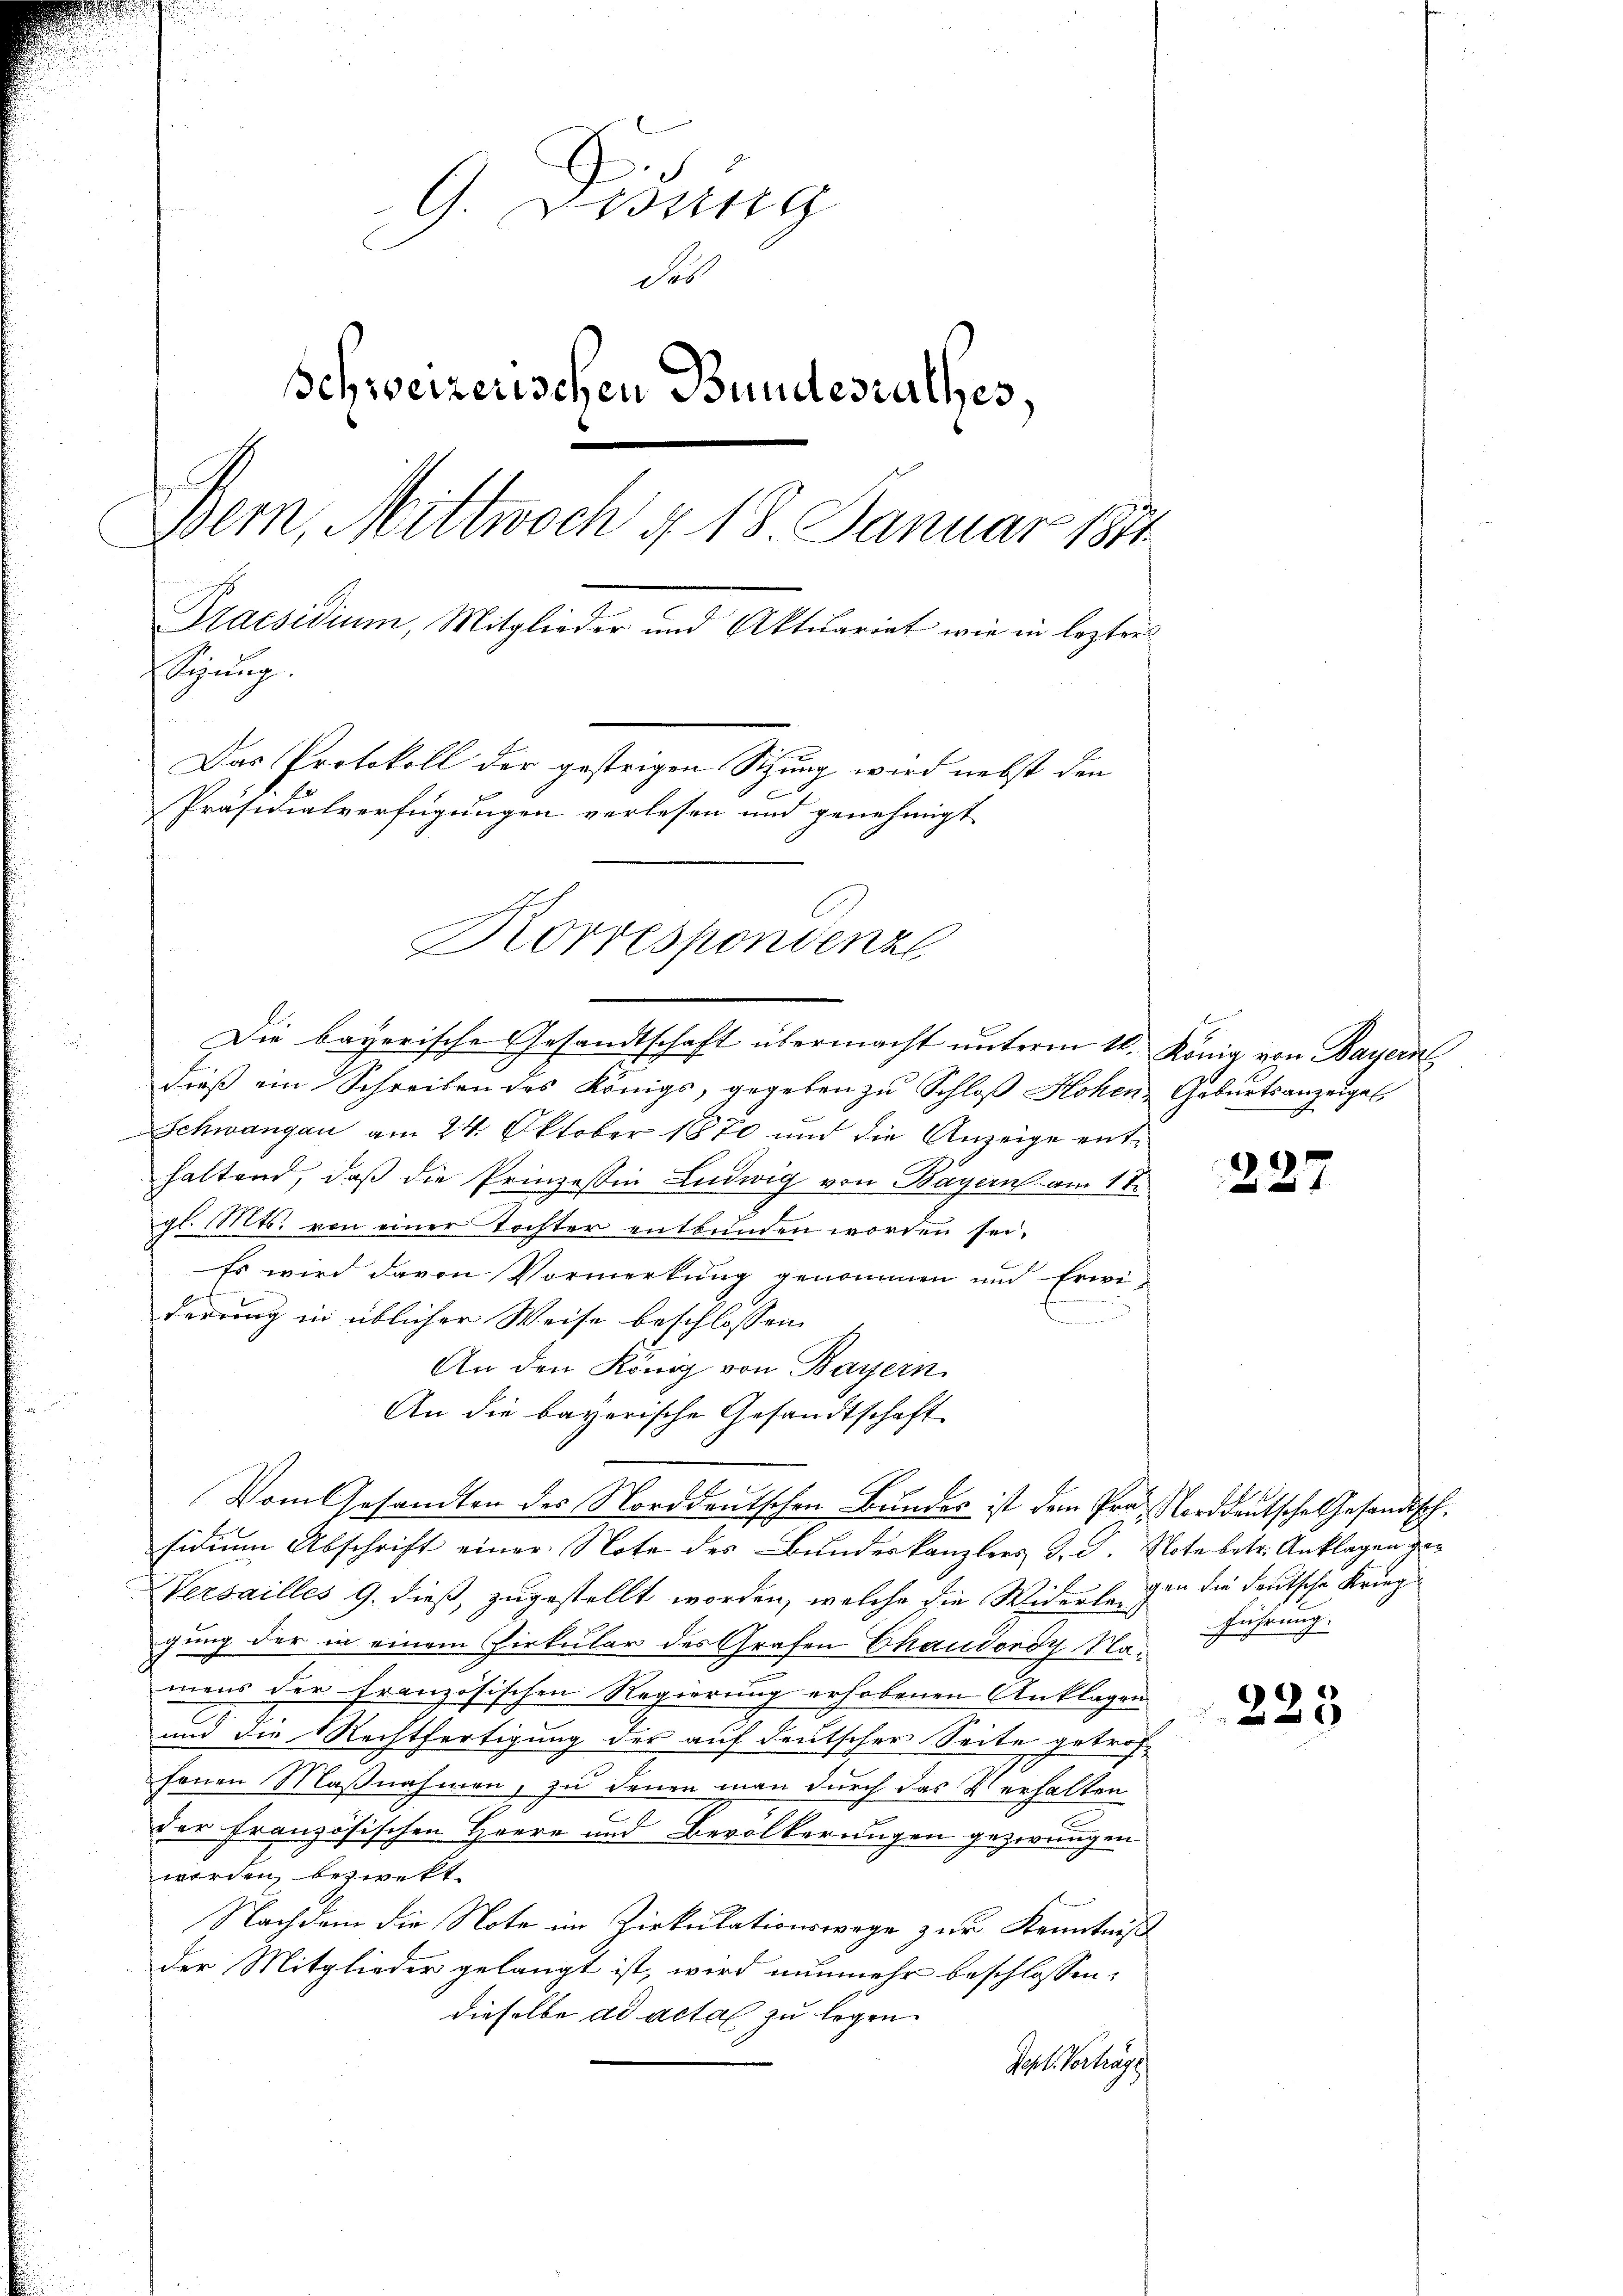
G. Bossing
des
Schweizerischen Bundesrathes,
ern, Mittwoch § 18 Januar 1841
Praesidium, Mitglieder und Aktuariat wie in lezten
Sigŭng.
Das Protokoll der gestrigen Sitzung wird nebst den
Präsidialverfügungen verlesen und genehmigt
Korrespondenze

Die bayerische Gesandtschaft übermacht unterm 11. König von Bayern

dieß ein Schreiben des Königs, gegeben zu Schloß Hohen Geburtsanzeigel,
Schwangau am 24. Oktober 1870 und die Anzeige enthaltend, daß die Prinzeßin Ludwig von Bayern am 1 te
gl. Mts. von einer Tochter entbunden worden sei.
Es wird davon Vormerkung genommen und Erwiderrung in üblicher Weise beschlossen,
An den König von Bayern
An die bayerische Gesandtschaft
Vom Gesandten des Norddeutschen Bundes ist dem Prof. Norddeutsche Gesandtsch,
sidium Abschrift einer Note des Bundeskanzlers d. d. Note betr. Anklagen ge¬
Versailles 9. dieß, zugestellt worden, welche die Widersehen die deutsche Krieggung der in einem Zirkular des Grafen Chaudordy Namens der französischen Regierung erhobenen Anklagen
und die Rechtfertigung der auf deutscher Seite getroffonen Maßnahmen, zu denen man durch das Verhalten
2
2
der französischen Herre und Bevölkerungen gezwungen
worden, bezwekt
Nachdem die Note im Zirkulationswege zur Kenntniß
der Mitglieder gelangt ist, wird nunmehr beschlossen:
dieselbe ad acta zu legen.
Hohe Vortrag

227

.
führung.

223